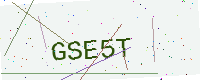
Text: GSE5T